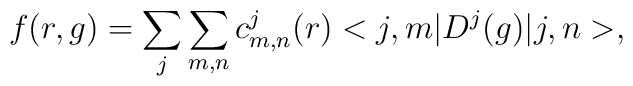
f(r,g)=\sum_{j}\sum_{m,n}c^{j}_{m,n}(r)<j,m|D^{j}(g)|j,n>,